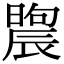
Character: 𣊤